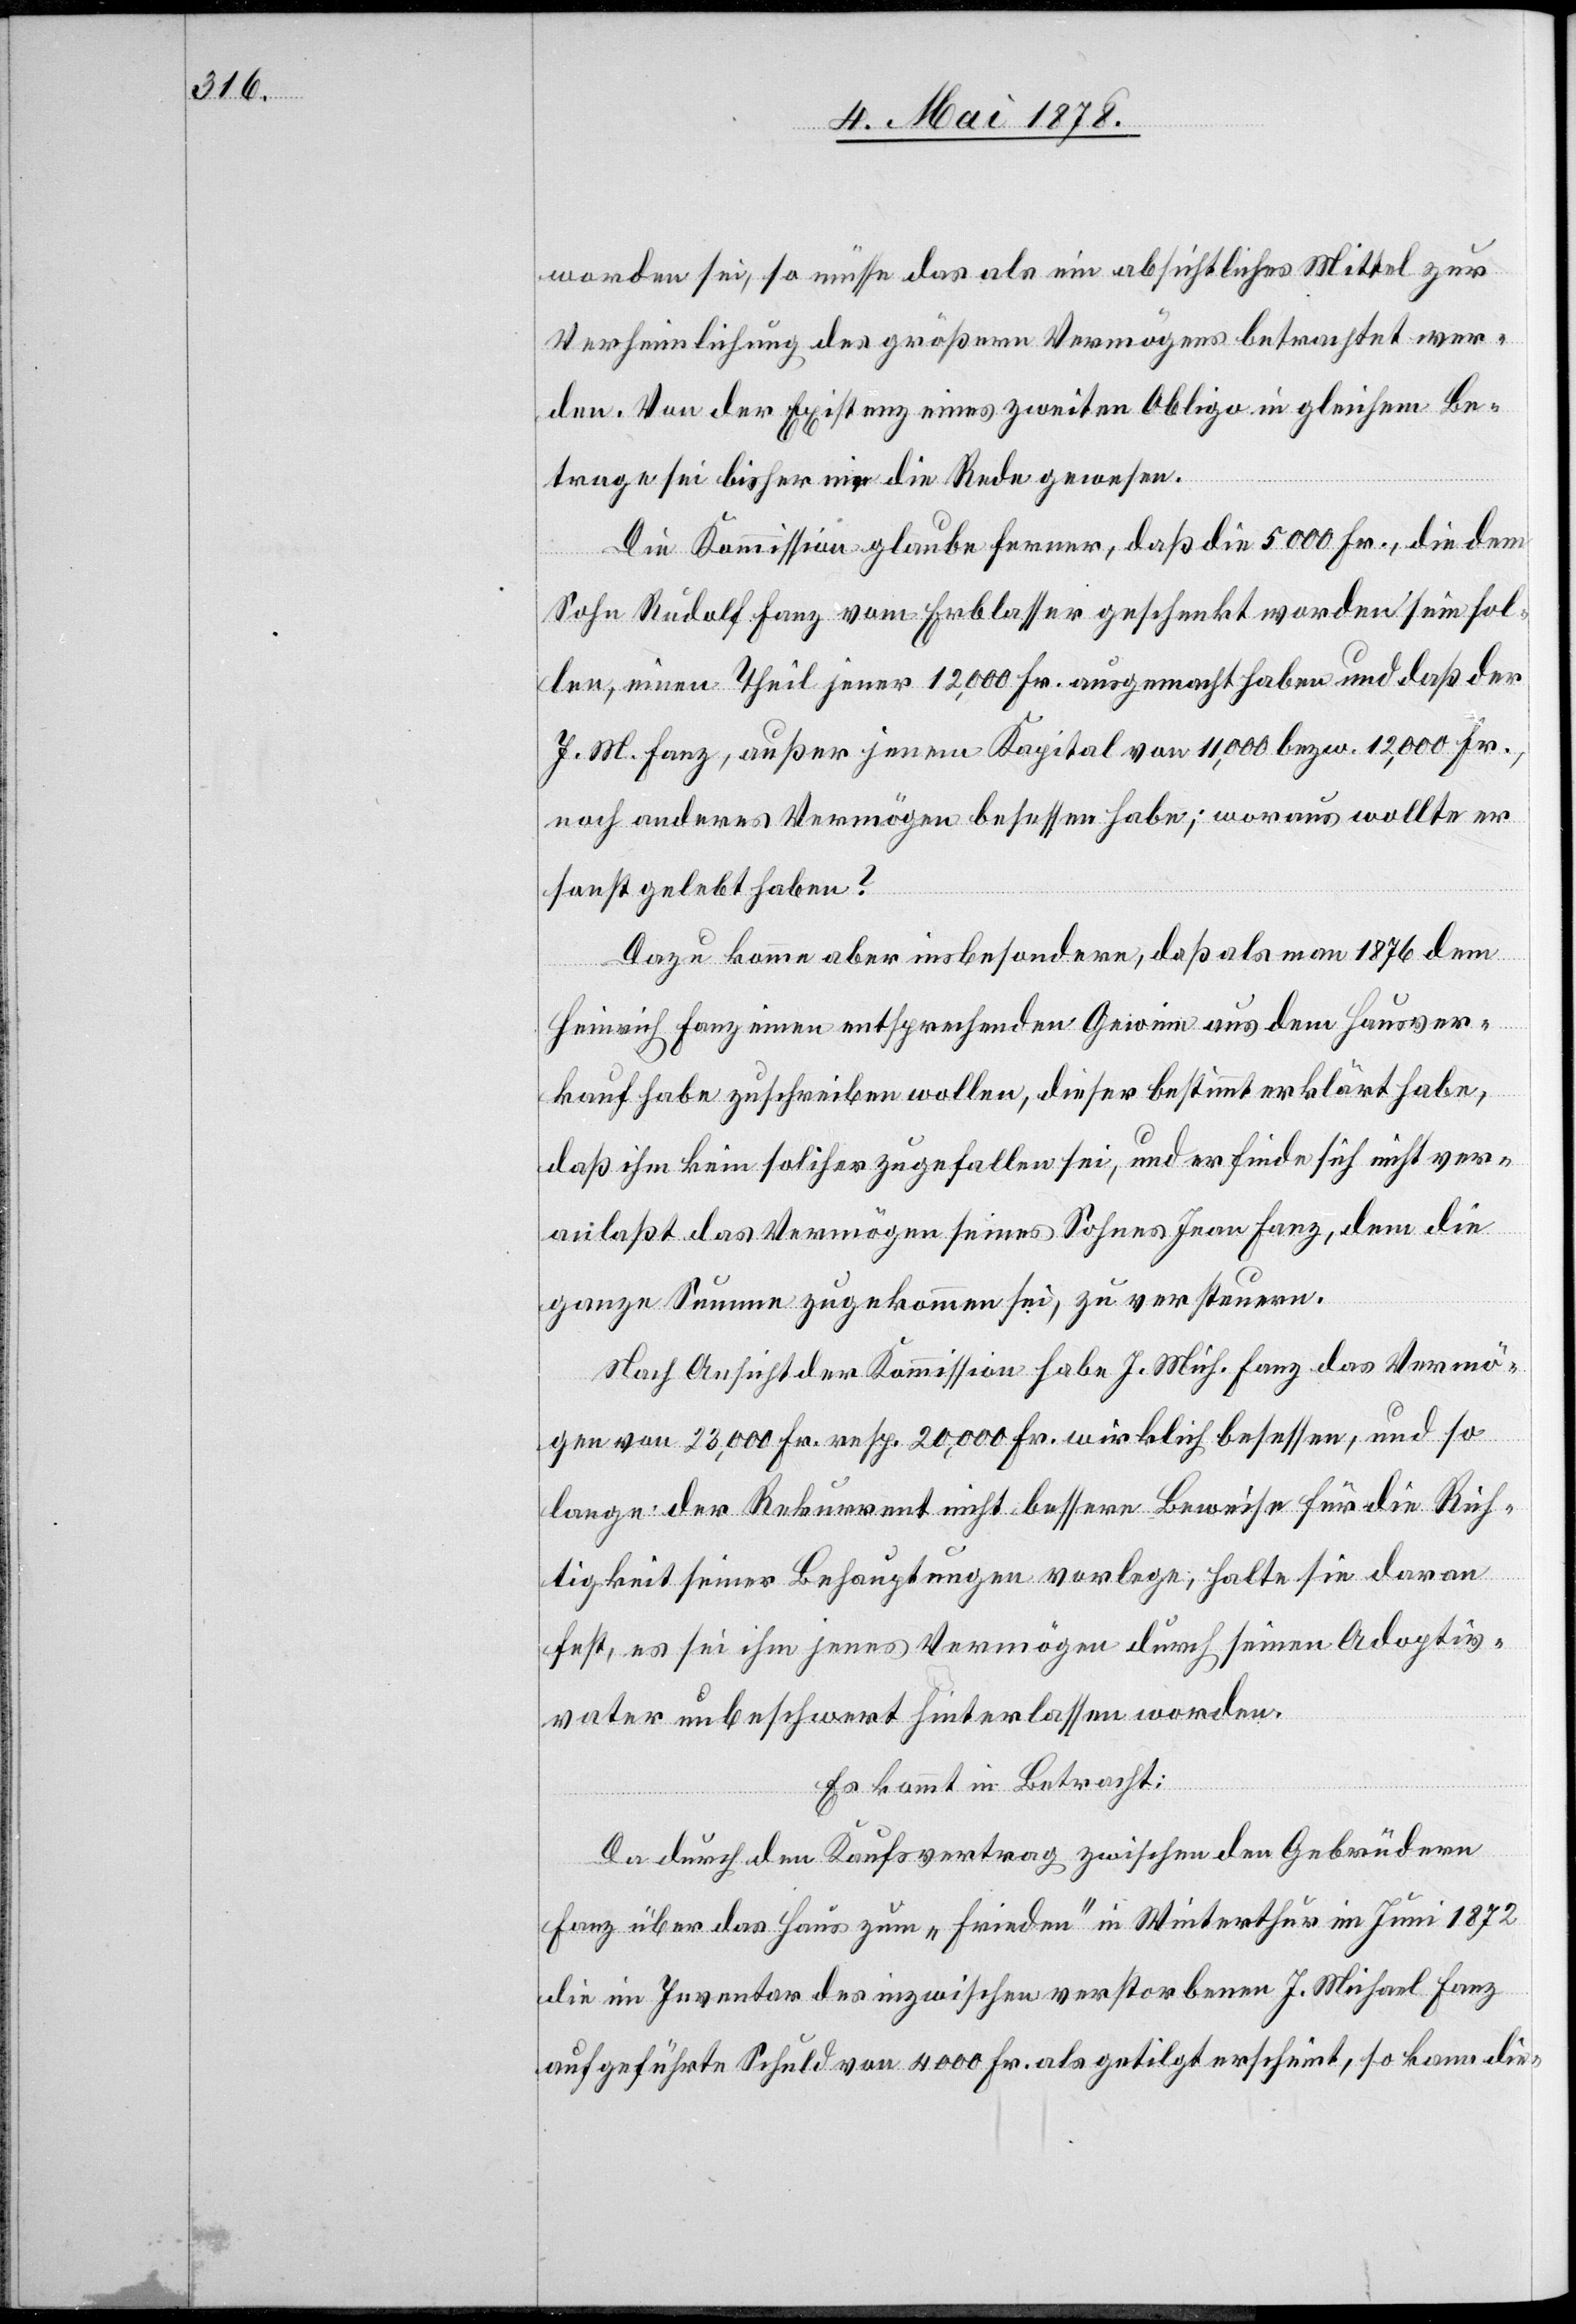
worden sei, so müsse das als ein absichtliches Mittel zur
Verheimlichung des größern Vermögens betrachtet wer¬
den. Von der Existenz eines zweiten Obligo in gleichem Be¬
trage sei bisher nie die Rede gewesen.
Die Kommission glaube ferner, daß die 5000 Fr. die dem
Sohn Rudolf Fanz vom Erblasser geschenkt worden sein sol¬
len, einen Theil jener 12,000 Fr. ausgemacht haben und daß der
J. M. Fanz, außer jenem Kapital von 11,000 bezw. 12,000 Fr.,
noch anderes Vermögen besessen habe; woraus wollte er
sonst gelebt haben?
Dazu komme aber insbesondere, daß als man 1876 dem
Heinrich Fanz einen entsprechenden Gewinn aus dem Hausver¬
kauf habe zuschreiben wollen, dieser bestimmt erklärt habe,
daß ihm kein solches zugefallen sei, und er finde sich nicht ver¬
anlaßt das Vermögen seines Sohnes Jean Fanz, dem die
ganze Summe zugekommen sei, zu versteuern.
Nach Ansicht der Kommission habe J. Mich. Fanz das Vermö¬
gen von 23,000 Fr. resp. 20,000 Fr. wirklich besessen, und so
lange der Rekurrent nicht bessere Beweise für die Rich¬
tigkeit seiner Behauptungen vorlege, halte sie davon
fest, es sei ihm jenes Vermögen durch seinen Adoptiv¬
vater unbeschwert hinterlassen worden.
Es kommt in Betracht:
Da durch den Kaufvertrag zwischen den Gebrüdern
Fanz über das Haus zum „Frieden“ in Winterthur im Juni 1872
die im Inventar des inzwischen verstorbenen J. Michael Fanz
aufgeführte Schuld von 4000 Fr. als getilgt erscheint, so kann die-